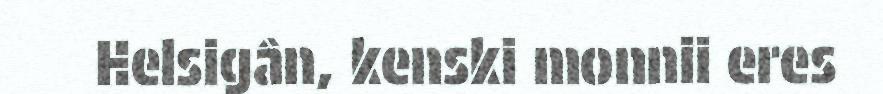
Helsigân, kenski monnii eres